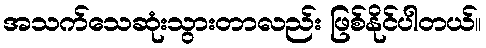
အသက်သေဆုံးသွားတာလည်း ဖြစ်နိုင်ပါတယ်။